Lunatic asylums Burma 1907-21 - 1907-1921
Year: 1907
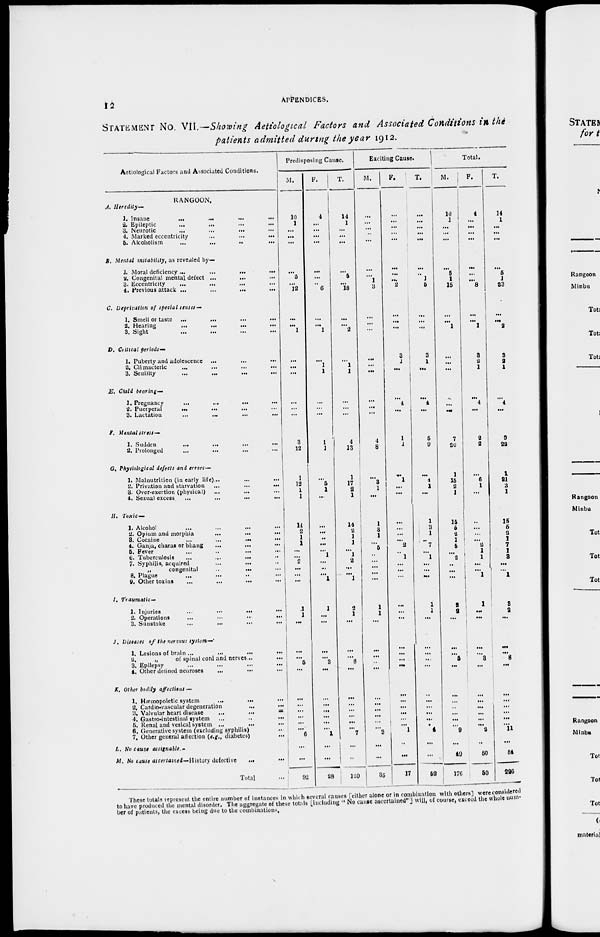
12
APPENDICES.
STATEMENT NO. VII.—Showing Aetiological Factors and Associated Conditions in the
patients admitted during the year 1912.
Aetiological Factors and Associated Conditions.
RANGOON.
A. Heredity—
1. Insane
...
...
...
...
2. Epileptic
...
...
3. Neurotic
...
...
...
4. Marked eccentricity
...
...
...
5. Alcoholism
...
...
..
...
B. Mental instability, as revealed by—
1. Moral deficiency ...
...
...
...
2. Congenital mental defect ...
...
...
3. Eccentricity
...
...
4. Previous attack ...
...
...
...
C. Deprivation of special senses—
1. Smell or taste ... ... ... ...
2. Hearing
...
... ... ...
3. Sight ... ... ... ...
D. Critical periods—
1. Puberty and adolescence ...
...
...
2. Climacteric
...
...
...
...
3. Senility
...
...
...
...
E. Child bearing—
1. Pregnancy
...
...
...
...
2. Puerperal
...
...
...
...
3. Lactation
...
...
...
...
F. Mental stress—
3. Sudden
...
...
...
...
2. Prolonged
...
...
G. Physiological defects and errors—
1. Malnutrition (in early life)...
...
...
2. Privation and starvation
...
...
....
3. Over-exertion (physical) ...
... ...
4. Sexual excess
...
...
...
...
H. Toxic —
1. Alcohol
...
...
...
2. Opium and morphia
... ... ...
3. Cocaine
...
...
...
...
4. Ganja, charas or bhang
...
...
5. Fever ... ... ... ...
6. Tuberculosis
...
...
... ...
7. Syphilis, acquired ... ... ...
„
congenital
..
... ...
8. Plague ... ... ... ...
9. Other toxins ... ... ... ...
1. Traumatic—
1. Injuries
...
...
...
...
2. Operations ... ... ... ...
3. Sunstoke
...
...
...
...
J. Diseases of the nervous system—
1. Lesions of brain ...
...
...
...
2.
„
of spinal cord and nerves... ...
3. Epilepsy
...
...
...
...
4. Other defined neuroses
... ... ...
K. Other bodily affections —
1. Hæmopoietic system
...
...
...
2. Cardio-vascular degeneration ... ...
3. Valvular heart disease
...
...
...
4. Gastro-intestinal system
...
..
...
5. Renal and vesical system ... ... ...
6. Generative system (excluding syphilis) ...
7. Other general affection (e.g., diabetes) ...
L. No cause assignable.—
M. No cause ascertained—History defective
...
...
Total ...
Predisposing Cause.
M.
10
1
...
...
...
...
5
...
12
...
...
1
...
...
...
...
...
...
3
12
1
12
1
1
14
2
1
1
...
...
2
...
...
...
...
1 1
...
...
...
... 5
...
...
...
...
...
...
...
6
...
...
92
F.
4
...
...
...
...
...
...
...
6
...
...
1
...
1
1
...
...
...
1
1
...
5
1
...
...
...
..
...
...
1
...
...
...
...
...
1
...
...
...
...
... 3
...
...
...
...
...
...
...
1
...
...
28
T.
14
1
...
...
...
...
5
...
18
...
...
2
...
1
1
...
...
...
4
13
1
17
2
1
14
2
1
1
...
1
2
...
... ...
...
2
1
...
...
...
...
8
...
...
...
...
...
...
...
7
...
...
120
Exciting Cause.
M.
...
...
...
...
...
...
...
1
3
...
...
...
...
...
...
...
...
...
4
8
...
3
1
...
1
3
1
...
5
...
...
...
...
...
1
1
...
...
...
...
...
...
...
...
...
...
...
... 3
...
...
35
F.
...
...
...
...
...
...
...
...
2
...
...
...
3
1
...
...
4
...
1
1
...
1
...
...
...
...
...
...
2
...
1
...
...
...
...
...
...
...
...
...
...
...
...
...
...
...
...
...
1
...
...
17
T.
...
...
...
...
...
...
...
1
5
...
...
...
3
1
...
...
4
...
5
9
...
4
1
...
1
3
1
...
7
...
1
...
...
...
1
1
...
...
...
...
...
...
...
...
...
...
...
...
4
...
...
52
Total.
M.
10
1
...
...
...
...
5
1
15
...
...
1
...
...
...
...
...
...
7
20
1
15
2
1
15
5
2
5
...
2
...
...
...
2 2
...
...
...
...
5
...
...
...
...
...
...
...
9
...
49
176
F.
4
...
...
...
...
...
...
...
8
...
...
1
3
2
1
...
4
...
2
2
...
6
1
...
..
...
...
2
1
1
1
...
...
1
1
...
...
...
...
...
3
...
...
...
...
...
...
...
2
...
50
50
T.
14
1
...
...
...
...
5
1
23
...
...
2
3
2
1
...
4
...
9
22
1
21
3
1
15
5
2
7
1
1
3
...
...
1
3
2
...
...
...
...
8
...
...
...
...
...
...
...
11
...
54
226
These totals represent the entire number of instances in which several causes [either alone or in combination with others] were considered
to have produced the mental disorder. The aggregate of these totals [including " No cause ascertained" ] will, of course, exceed the whole num
ber of patients, the excess being due to the combinations,